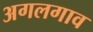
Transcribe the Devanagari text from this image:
अगलगाव